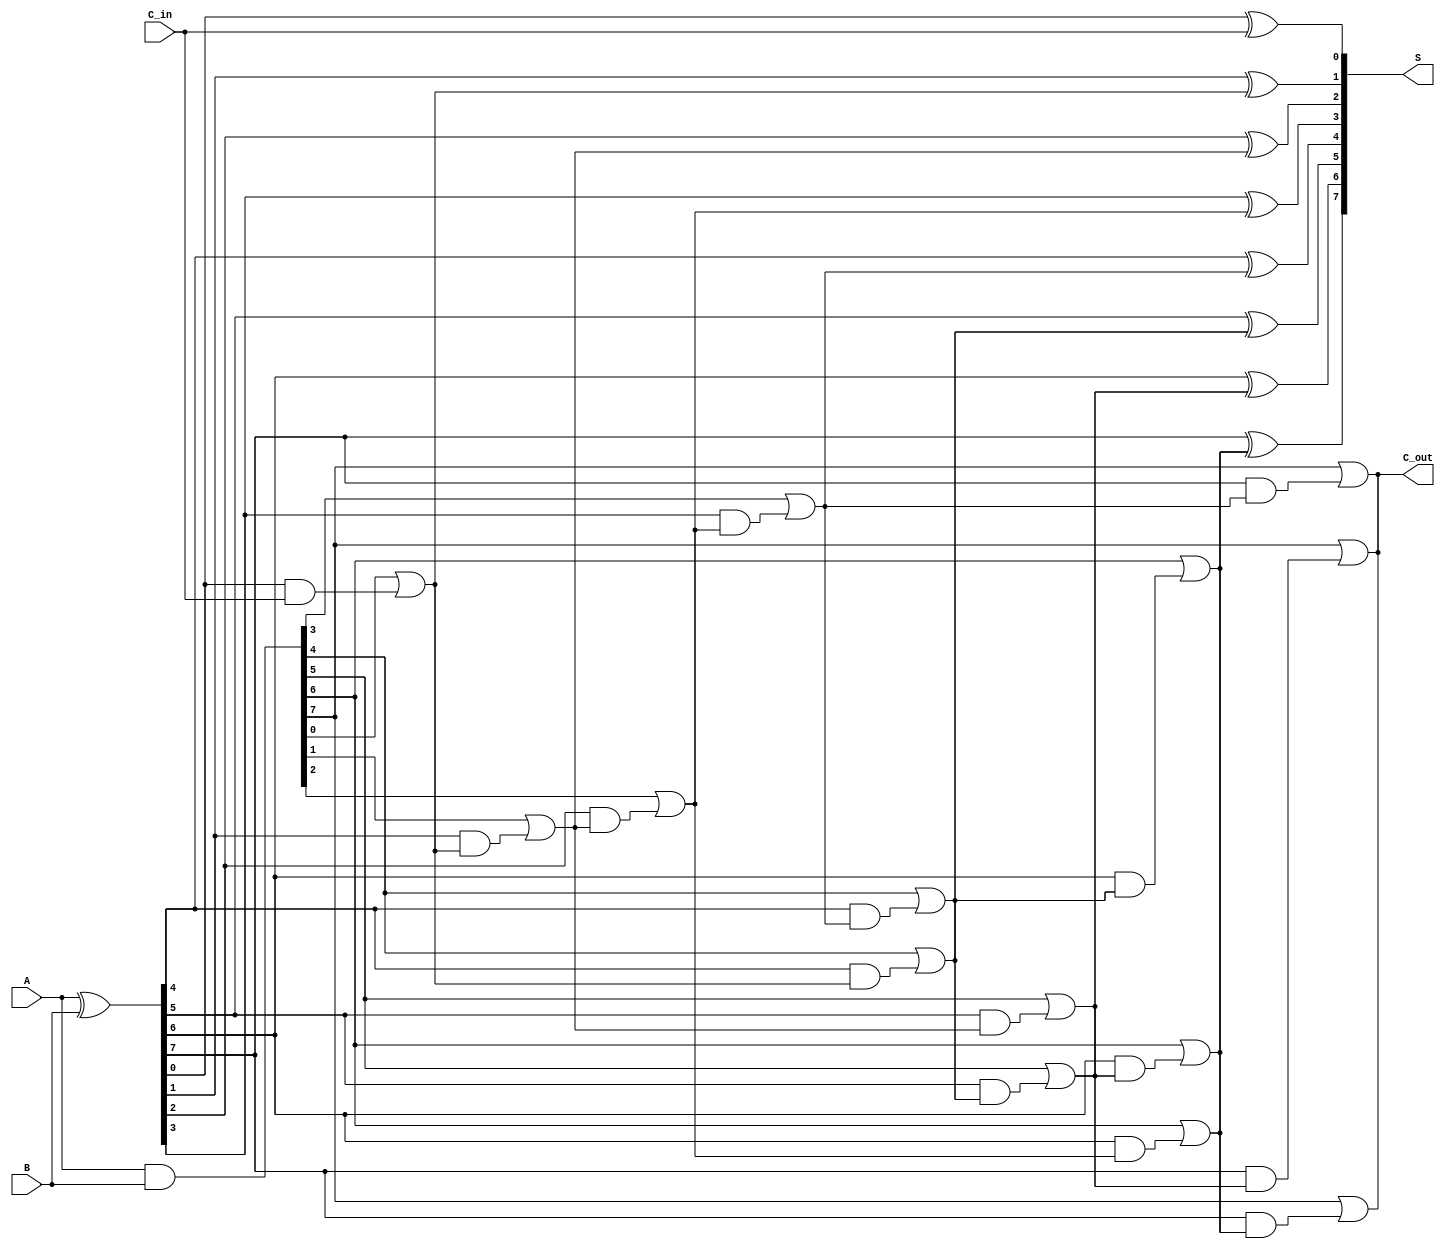
module brent_kung_adder #(
    parameter WIDTH = 8 // Width of the input binary numbers
)(
    input [WIDTH-1:0] A,      // First input
    input [WIDTH-1:0] B,      // Second input
    input C_in,                // Carry-in
    output [WIDTH-1:0] S,      // Sum output
    output C_out               // Carry-out
);

    // Generate and Propagate signals
    wire [WIDTH-1:0] G; // Generate signals
    wire [WIDTH-1:0] P; // Propagate signals
    wire [WIDTH:0] C;   // Carry signals

    // Generate and Propagate calculations
    assign G = A & B;          // G[i] = A[i] & B[i]
    assign P = A ^ B;          // P[i] = A[i] ^ B[i]

    // Carry signals initialization
    assign C[0] = C_in; // C[0] is the carry-in

    // Level 1 Carry calculations
    genvar i;
    generate
        for (i = 0; i < WIDTH; i = i + 1) begin : carry_level1
            assign C[i+1] = G[i] | (P[i] & C[i]);
        end
    endgenerate

    // Level 2 Carry calculations
    generate
        for (i = 0; i < WIDTH/2; i = i + 1) begin : carry_level2
            assign C[i + WIDTH/2 + 1] = G[i + WIDTH/2] | (P[i + WIDTH/2] & C[i + 1]);
        end
    endgenerate

    // Level 3 Carry calculations
    generate
        for (i = 0; i < WIDTH/4; i = i + 1) begin : carry_level3
            assign C[i + WIDTH/4 + WIDTH/2 + 1] = G[i + WIDTH/4 + WIDTH/2] | (P[i + WIDTH/4 + WIDTH/2] & C[i + WIDTH/2 + 1]);
        end
    endgenerate

    // Final Carry-out
    assign C_out = C[WIDTH];

    // Sum calculation
    generate
        for (i = 0; i < WIDTH; i = i + 1) begin : sum_calculation
            assign S[i] = P[i] ^ C[i]; // S[i] = P[i] ^ C[i]
        end
    endgenerate

endmodule